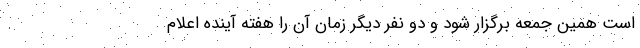
است همین جمعه برگزار شود و دو نفر دیگر زمان آن را هفته آینده اعلام